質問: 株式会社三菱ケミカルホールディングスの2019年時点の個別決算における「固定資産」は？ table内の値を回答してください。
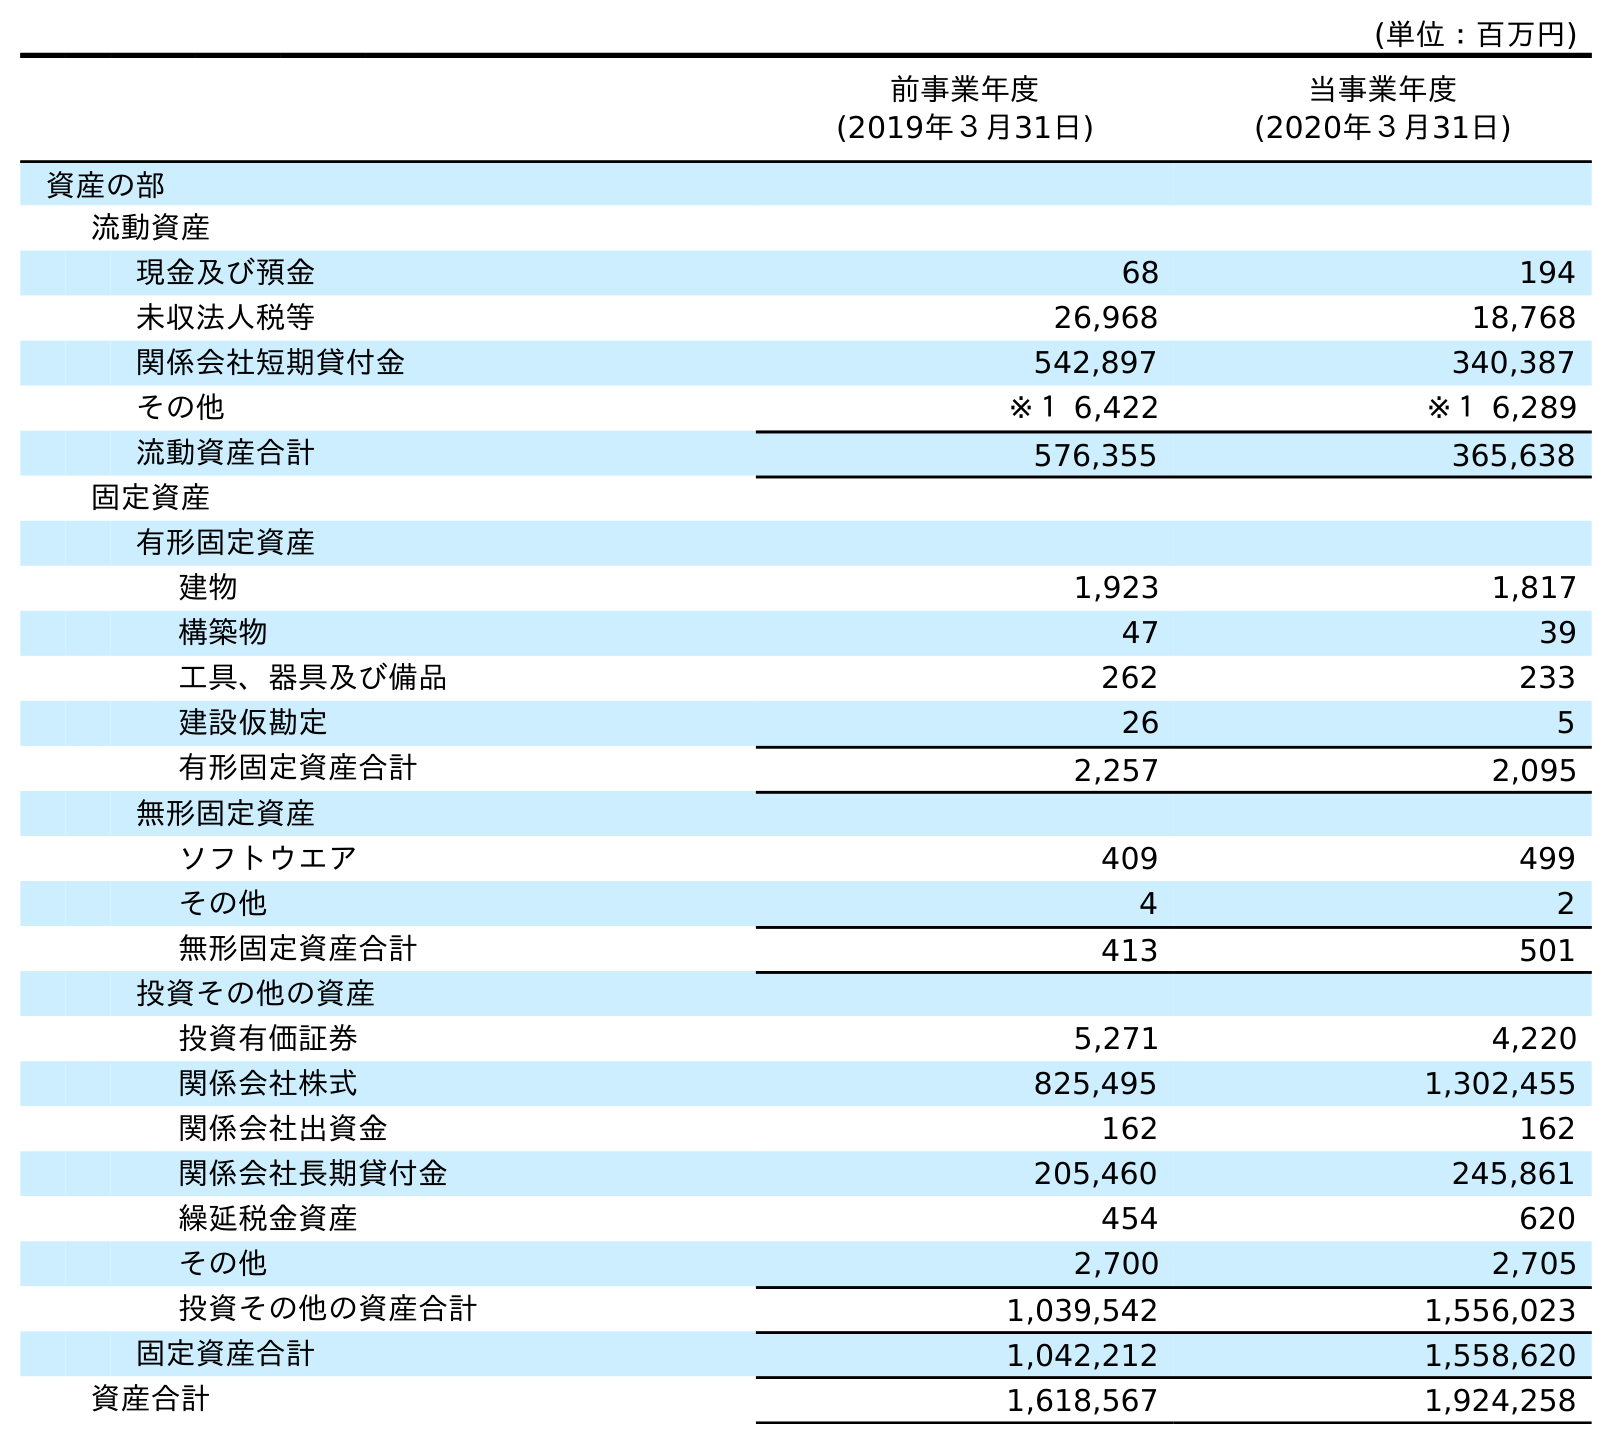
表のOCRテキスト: (単位：百万円) 前事業年度 (2019年３月31日) 当事業年度 (2020年３月31日) 資産の部 流動資産 現金及び預金 68 194 未収法人税等 26,968 18,768 関係会社短期貸付金 542,897 340,387 その他 ※１ 6,422 ※１ 6,289 流動資産合計 576,355 365,638 固定資産 有形固定資産 建物 1,923 1,817 構築物 47 39 工具、器具及び備品 262 233 建設仮勘定 26 5 有形固定資産合計 2,257 2,095 無形固定資産 ソフトウエア 409 499 その他 4 2 無形固定資産合計 413 501 投資その他の資産 投資有価証券 5,271 4,220 関係会社株式 825,495 1,302,455 関係会社出資金 162 162 関係会社長期貸付金 205,460 245,861 繰延税金資産 454 620 その他 2,700 2,705 投資その他の資産合計 1,039,542 1,556,023 固定資産合計 1,042,212 1,558,620 資産合計 1,618,567 1,924,258
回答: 1,042,212